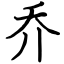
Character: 乔